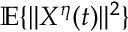
\mathbb { E } \{ \| X ^ { \eta } ( t ) \| ^ { 2 } \}